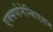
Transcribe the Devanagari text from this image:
एक्सपोनेन्शिएशन